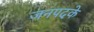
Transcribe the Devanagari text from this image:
जनपदके